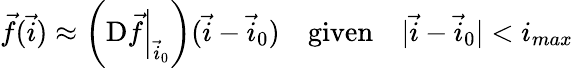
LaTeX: \vec{f}(\vec{i})\approx\left(\left.\mathrm{D}\vec{f}\right|_{\vec{i}_{0}}\right)(\vec{i}-\vec{i}_{0})\quad\textrm{given}\quad|\vec{i}-\vec{i}_{0}|<i_{max}